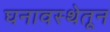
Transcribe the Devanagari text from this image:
घनावस्थेतून